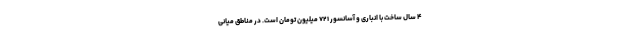
۴ سال ساخت با انباری و آسانسور ۷۲۱ میلیون تومان است. در مناطق میانی